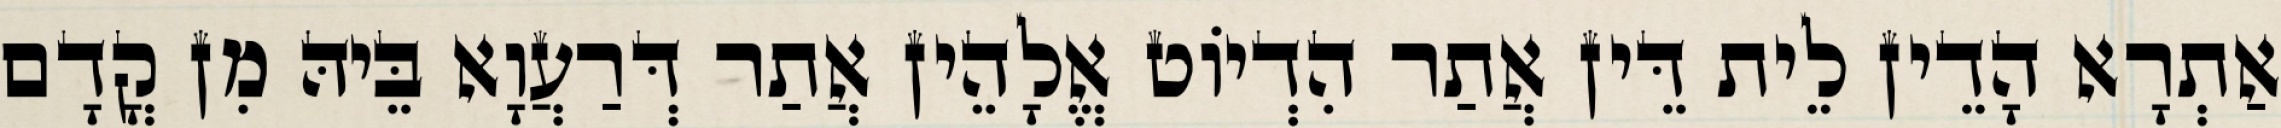
אַתְרָא הָדֵין לֵית דֵּין אֲתַר הִדְיוֹט אֱלָהֵין אֲתַר דְּרַעֲוָא בֵּיהּ מִן קֳדָם